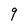
Character: 9